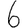
Digit: 6